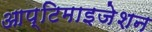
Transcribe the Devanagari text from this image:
आप्टिमाइजेशन